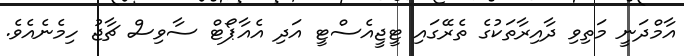
އާމްދަނީ މަތިވި ދާއިރާތަކުގެ ތެރޭގައި ޓީޖީއެސްޓީ އަދި އެއާޕޯޓް ސާވިސް ޗާޖު ހިމެނެއެވެ.